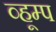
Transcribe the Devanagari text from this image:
व्हूम्प